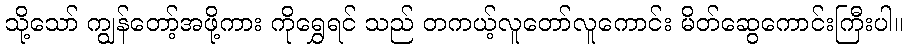
သို့သော် ကျွန်တော့်အဖို့ကား ကိုရွှေရင် သည် တကယ့်လူတော်လူကောင်း မိတ်ဆွေကောင်းကြီးပါ။